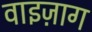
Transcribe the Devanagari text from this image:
वाइज़ाग